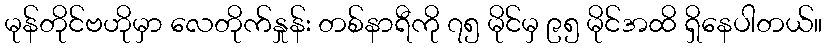
မုန်တိုင်ဗဟိုမှာ လေတိုက်နှုန်း တစ်နာရီကို ၇၅ မိုင်မှ ၉၅ မိုင်အထိ ရှိနေပါတယ်။